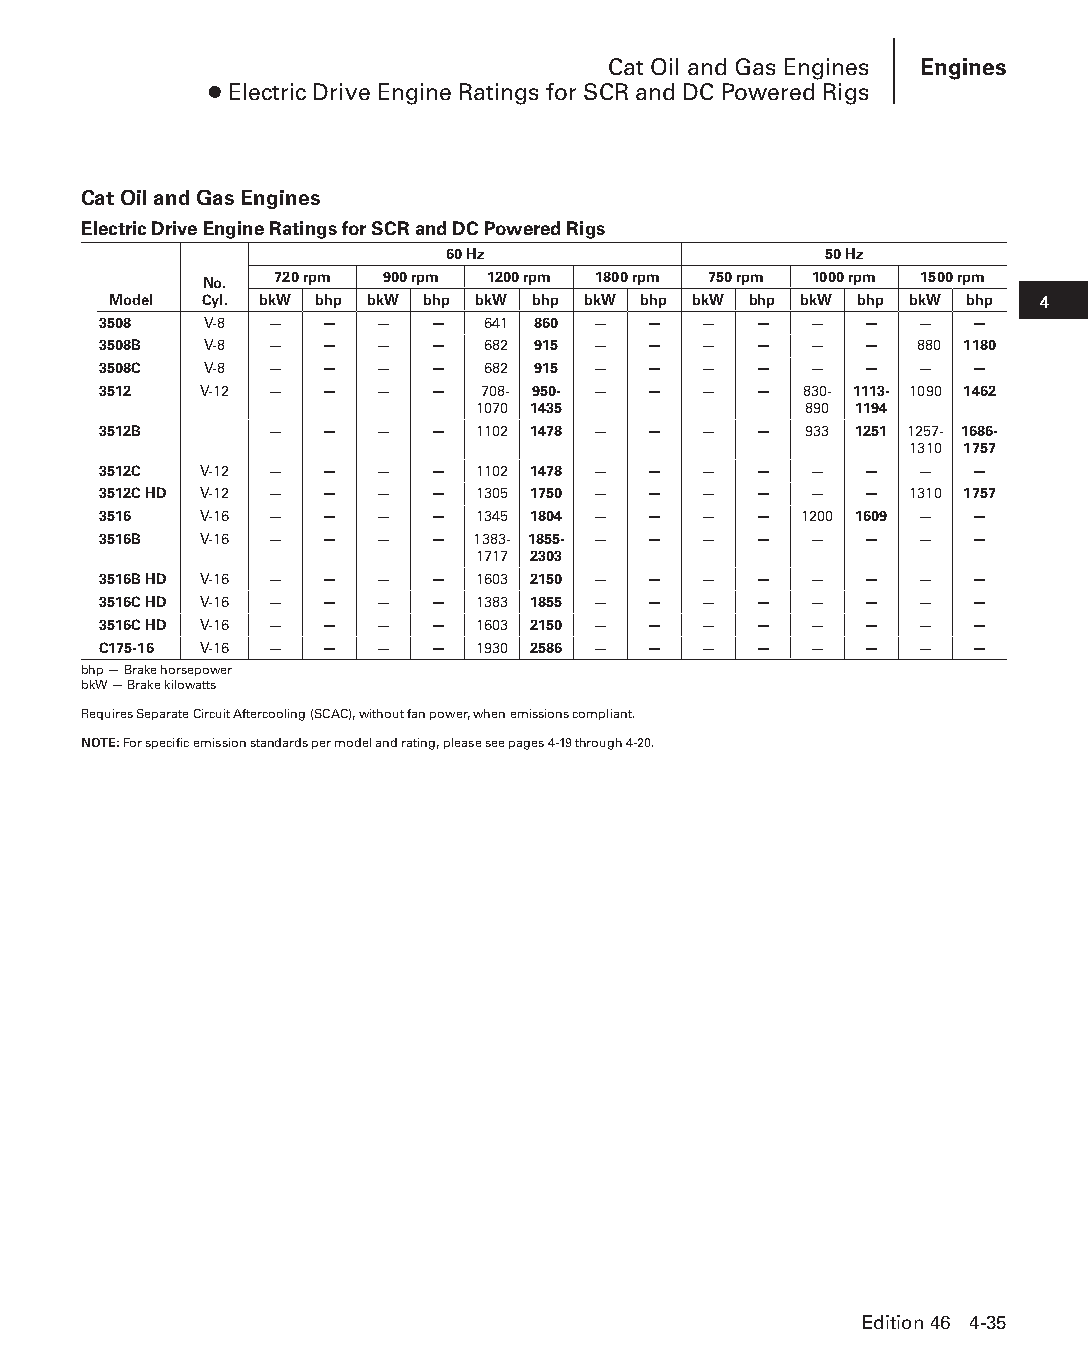
Cat Oil and Gas Engines Engines
 ● Electric Drive Engine Ratings for SCR and DC Powered Rigs
 Cat Oil and Gas Engines
 Electric Drive Engine Ratings for SCR and DC Powered Rigs
 60 Hz                    50 Hz
 720 rpm 900 rpm 1200 rpm 1800 rpm 750 rpm 1000 rpm 1500 rpm
 No.
 Model Cyl. bkW bhp bkW bhp bkW bhp bkW bhp bkW bhp bkW bhp bkW bhp 4
 3508   V-8 —   —  —   —  641 860 —  —   —  —   —   —  —   —
 3508B  V-8 —   —  —   —  682 915 —  —   —  —   —   —  880 1180
 3508C  V-8 —   —  —   —  682 915 —  —   —  —   —   —  —   —
 3512   V-12 —  —  —   —  708- 950- — —  —  —  830- 1113- 1090 1462
 1070 1435             890 1194
 3512B      —   —  —   —  1102 1478 — —  —  —   933 1251 1257- 1686-
 1310 1757
 3512C  V-12 —  —  —   —  1102 1478 — —  —  —   —   —  —   —
 3512C HD V-12 — — —   —  1305 1750 — —  —  —   —   —  1310 1757
 3516   V-16 —  —  —   —  1345 1804 — —  —  —  1200 1609 — —
 3516B  V-16 —  —  —   —  1383- 1855- — — — —   —   —  —   —
 1717 2303
 3516B HD V-16 — — —   —  1603 2150 — —  —  —   —   —  —   —
 3516C HD V-16 — — —   —  1383 1855 — —  —  —   —   —  —   —
 3516C HD V-16 — — —   —  1603 2150 — —  —  —   —   —  —   —
 C175-16 V-16 — —  —   —  1930 2586 — —  —  —   —   —  —   —
 bhp — Brake horsepower
 bkW — Brake kilowatts
 Requires Separate Circuit Aftercooling (SCAC), without fan power, when emissions compliant.
 NOTE: For specific emission standards per model and rating, please see pages 4-19 through 4-20.
 Edition 46 4-35
 PPHHBB--SSeecc0044--1166..iinndddd 3355                        1122//44//1155 1100::3300 AAMM